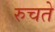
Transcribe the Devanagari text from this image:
रुचते